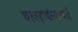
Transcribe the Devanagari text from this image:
बालार्कवणां